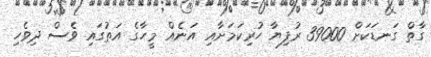
ގާތް ގަނޑަކަށް 39000 ރުފިޔާ ހުރިކަމަށާއި އަނެއް މީހާގެ އަތުގައި ވެސް ދިވެހި